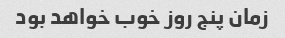
زمان پنج روز خوب خواهد بود